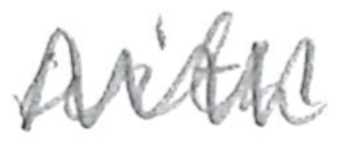
Text: with
Cross-out: zig-zag
Writing tool: pencil